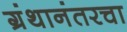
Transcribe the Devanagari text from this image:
ग्रंथानंतरचा